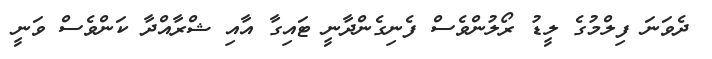
ދެވަނަ ފިލްމުގެ ލީޑު ރޯލުންވެސް ފެނިގެންދާނީ ޓައިގާ އާއި ޝްރާއްދާ ކަންވެސް ވަނީ